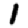
Digit: 1